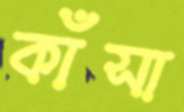
কাঁসা